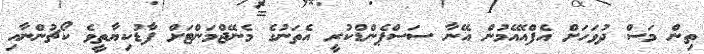
ތިން މަސް ދުވަހަށް އެފްއޭއެމުން އޭނާ ސަސްޕެންޑްކުރީ އެތަނުގެ މެނޭޖްމަންޓަށް ފާޑުކިޔާތީވެ ކޯޗުންނާއި